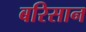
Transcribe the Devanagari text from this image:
बरिसान